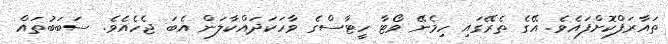
ތައާރަފްކޮށްފައެވެ. އޭގެ ތެރޭގައި ހިމެނޭ ވޯޓާ ހީޓާސްގެ ވާހަކަދައްކާލަން އެބަ ޖެހެއެވެ. ސަބަބުތައް